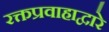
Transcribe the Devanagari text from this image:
रक्तप्रवाहाद्वारे